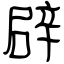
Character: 辟